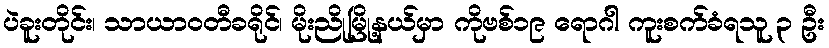
ပဲခူးတိုင်း၊ သာယာဝတီခရိုင်၊ မိုးညိုမြို့နယ်မှာ ကိုဗစ်၁၉ ရောဂါ ကူးစက်ခံရသူ ၃ ဦး